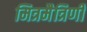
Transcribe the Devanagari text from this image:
मित्रमैत्रिणी